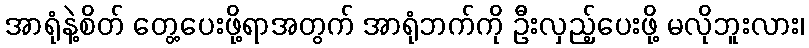
အာရုံနဲ့စိတ် တွေ့ပေးဖို့ရာအတွက် အာရုံဘက်ကို ဦးလှည့်ပေးဖို့ မလိုဘူးလား၊